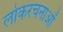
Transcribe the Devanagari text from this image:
लोकरचनाओं